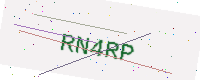
Text: RN4RP